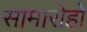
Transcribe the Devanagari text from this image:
सामारोहों